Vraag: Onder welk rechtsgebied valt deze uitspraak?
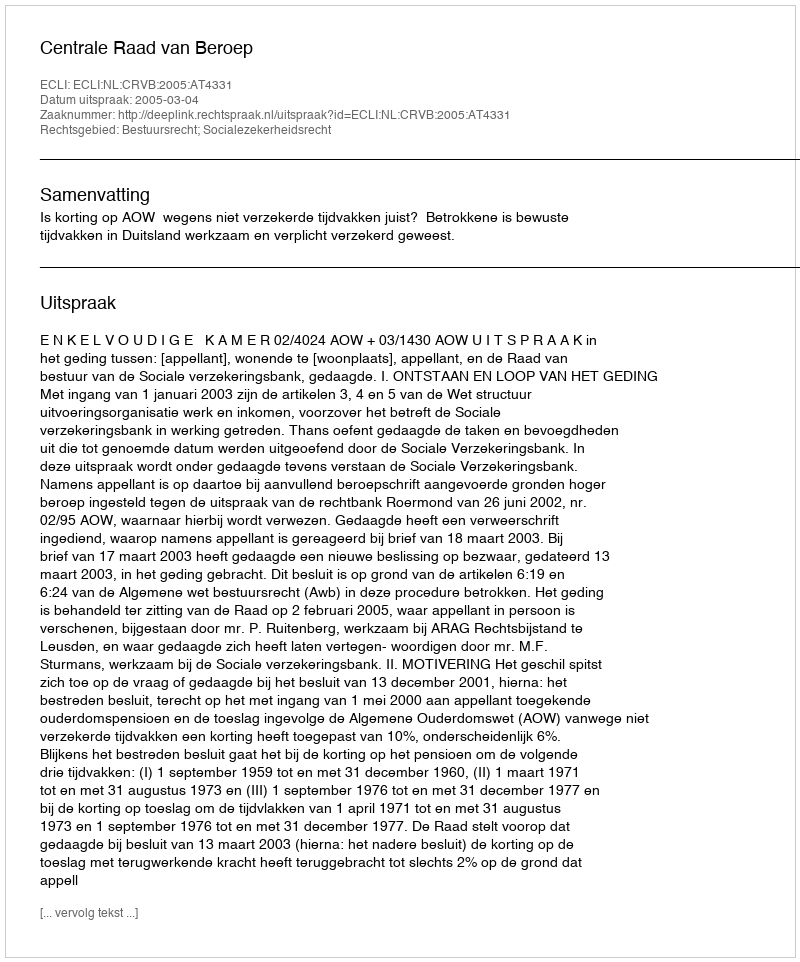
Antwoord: Bestuursrecht; Socialezekerheidsrecht